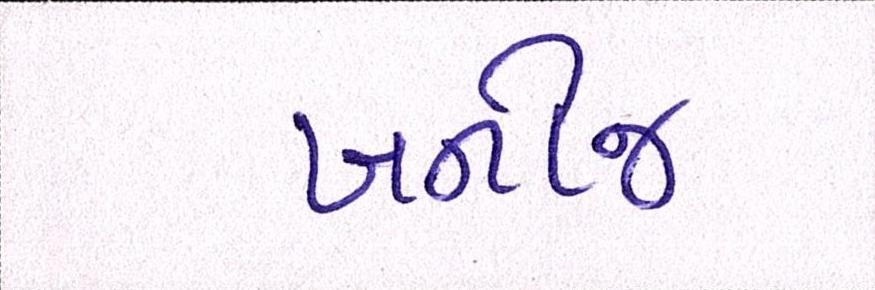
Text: ખનીજ